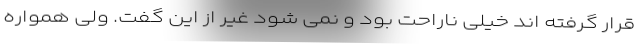
قرار گرفته اند خیلی ناراحت بود و نمی شود غیر از این گفت. ولی همواره